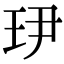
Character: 𤣹